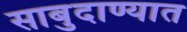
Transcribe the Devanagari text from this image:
साबुदाण्यात